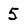
Character: 5